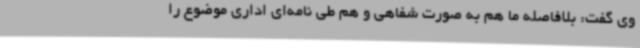
وی گفت: بلافاصله ما هم به صورت شفاهی و هم طی نامه‌ای اداری موضوع را